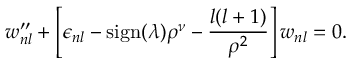
w _ { n l } ^ { \prime \prime } + \left[ \epsilon _ { n l } - \mathrm { s i g n } ( \lambda ) \rho ^ { \nu } - \frac { l ( l + 1 ) } { \rho ^ { 2 } } \right] w _ { n l } = 0 .